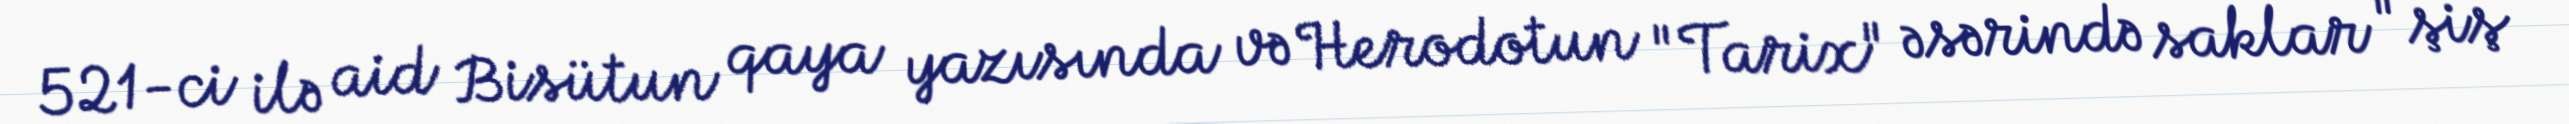
521-ci ilə aid Bisütun qaya yazısında və Herodotun "Tarix" əsərində saklar "şiş